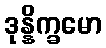
ဒုန္နိက္ခမော